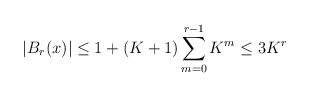
LaTeX: \begin{align*}|B_r(x)| \leq 1+ (K+1) \sum_{m=0}^{r-1} K^m \leq 3 K^r\end{align*}